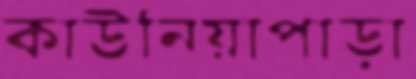
কাউনিয়াপাড়া